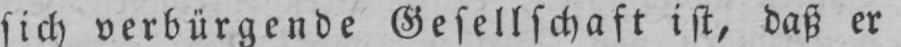
sich verbürgende Gesellschaft ist, daß er